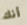
أنك